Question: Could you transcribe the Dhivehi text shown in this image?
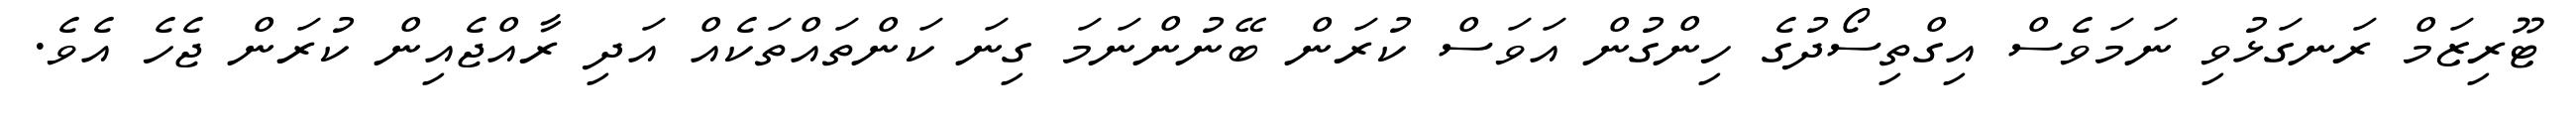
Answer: ޓޫރިޒަމް ރަނގަޅުވި ނަމަވެސް އިގްތިސޯދުގެ ހިންގުން އަވަސް ކުރަން ބޭނުންނަމަ ގިނަ ކަންތައްތަކެއް އަދި ރާއްޖެއިން ކުރަން ޖެހެ އެވެ.